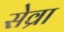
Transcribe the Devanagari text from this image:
सेव्रा